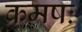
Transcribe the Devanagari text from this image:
क्रमषः